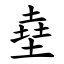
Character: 㙓